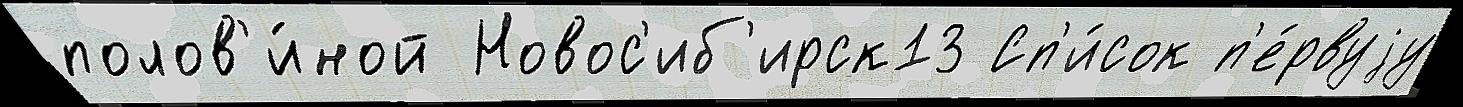
полов'и́ной Новос'иб'ирск13 Сп'и́сок п'е́рвуjу